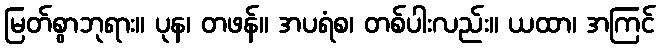
မြတ်စွာဘုရား။ ပုန၊ တဖန်။ အပရံစ၊ တစ်ပါးလည်း။ ယထာ၊ အကြင်